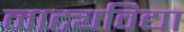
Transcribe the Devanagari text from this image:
नाट्यविद्या